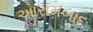
આરામબાદ